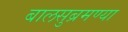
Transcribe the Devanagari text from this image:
बालसुब्रमण्या